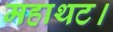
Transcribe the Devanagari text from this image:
महाथट।